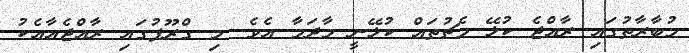
މުބާރާތުގައި ރާއްޖެ ކުޅޭ މެޗުތައް ކުޅޭނީ މާދަމާ އެވެ. މި ގްރޫޕުގައި ރާއްޖެއާއެކު